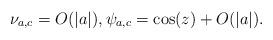
LaTeX: \begin{align*}\nu_{a,c}=O(|a|),\psi_{a,c} = \cos(z)+O(|a|). \end{align*}